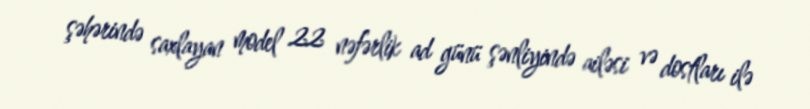
şəhərində saxlayan model 22 nəfərlik ad günü şənliyində ailəsi və dostları ilə